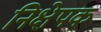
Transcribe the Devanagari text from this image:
निक्षेपक